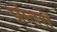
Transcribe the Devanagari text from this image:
प्रांतरों